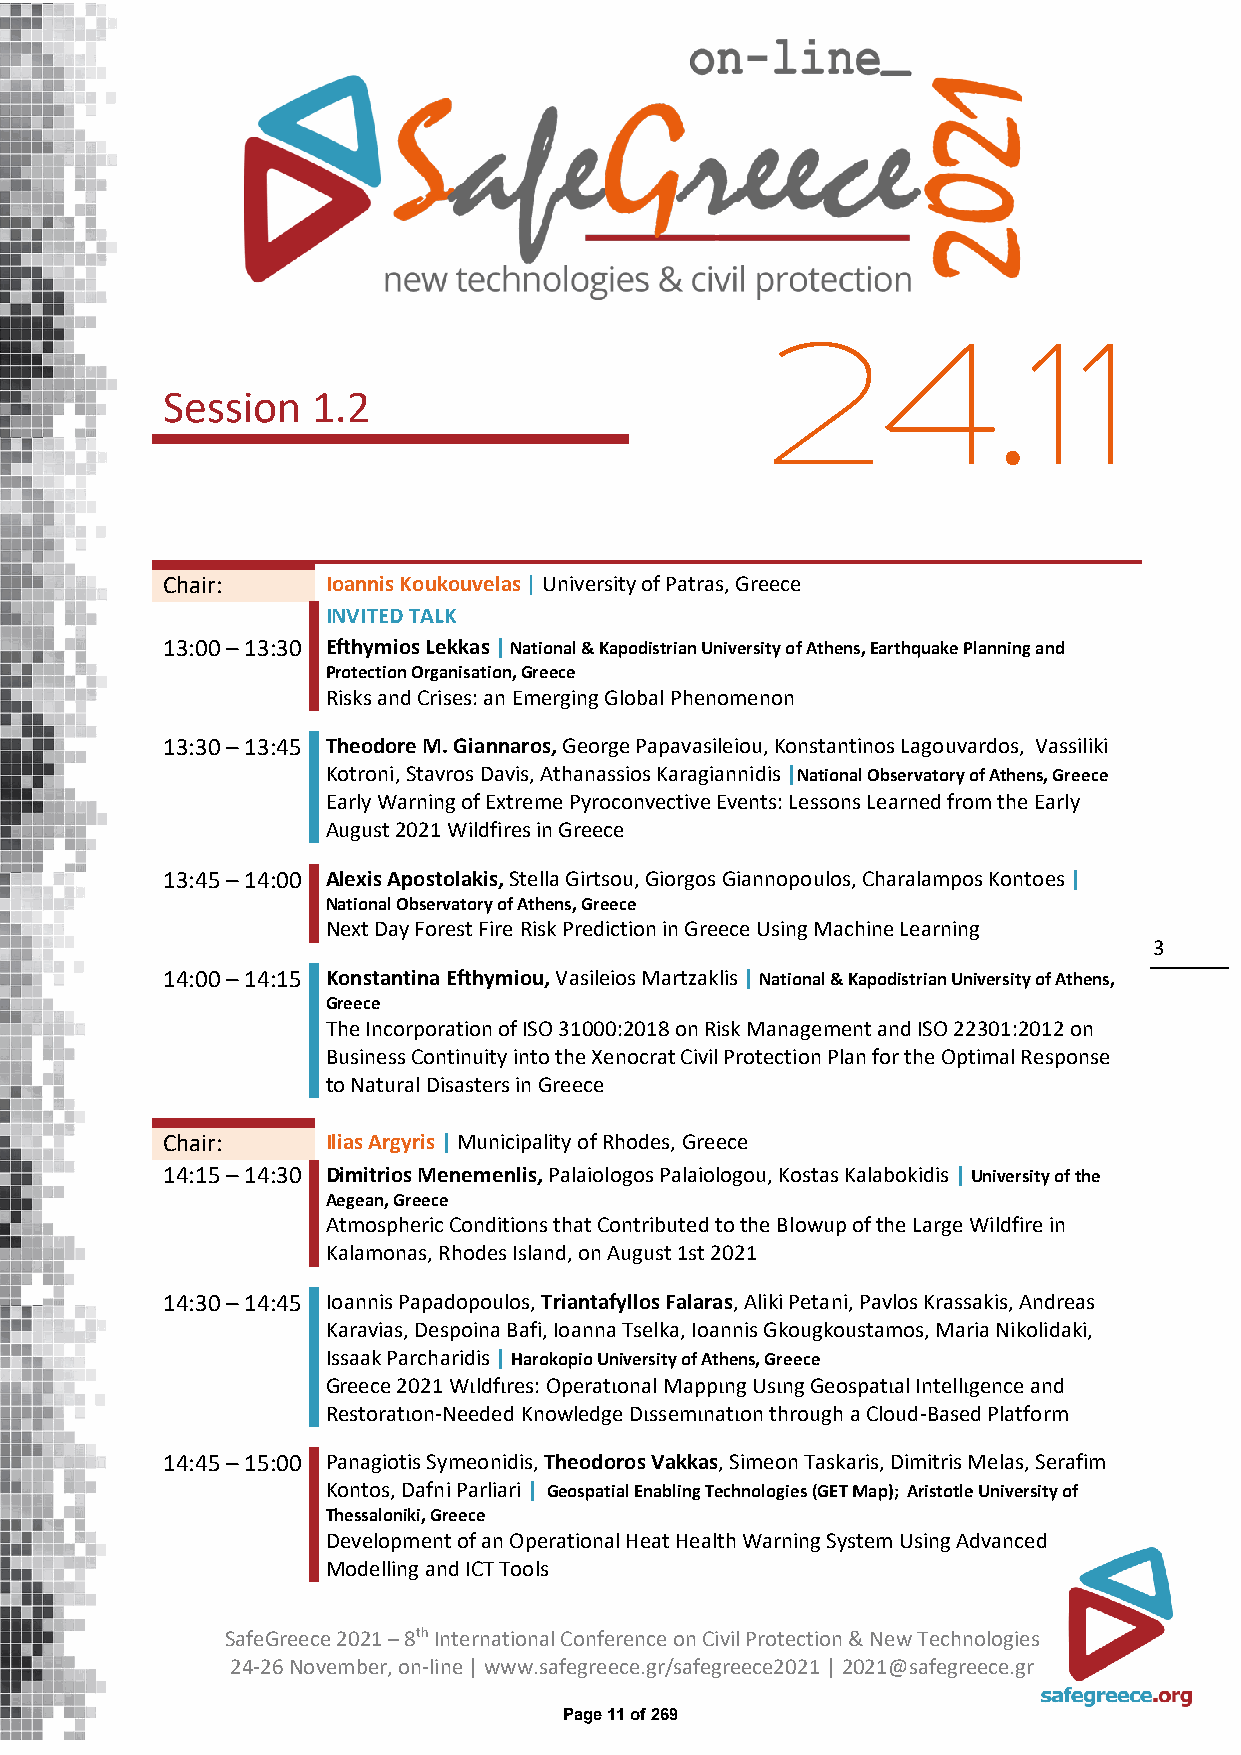
24.11
 Session   1.2
 Chair:     Ioannis Koukouvelas | University of Patras, Greece
 INVITED TALK
 13:00 – 13:30 Efthymios Lekkas | National & Kapodistrian University of Athens, Earthquake Planning and
 Protection Organisation, Greece
 Risks and Crises: an Emerging Global Phenomenon
 13:30 – 13:45 Theodore M. Giannaros, George Papavasileiou, Konstantinos Lagouvardos, Vassiliki
 Kotroni, Stavros Davis, Athanassios Karagiannidis |National Observatory of Athens, Greece
 Early Warning of Extreme Pyroconvective Events: Lessons Learned from the Early
 August 2021 Wildfires in Greece
 13:45 – 14:00 Alexis Apostolakis, Stella Girtsou, Giorgos Giannopoulos, Charalampos Kontoes |
 National Observatory of Athens, Greece
 Next Day Forest Fire Risk Prediction in Greece Using Machine Learning
 3
 14:00 – 14:15 Konstantina Efthymiou, Vasileios Martzaklis | National & Kapodistrian University of Athens,
 Greece
 The Incorporation of ISO 31000:2018 on Risk Management and ISO 22301:2012 on
 Business Continuity into the Xenocrat Civil Protection Plan for the Optimal Response
 to Natural Disasters in Greece
 Chair:     Ilias Argyris | Municipality of Rhodes, Greece
 14:15 – 14:30 Dimitrios Menemenlis, Palaiologos Palaiologou, Kostas Kalabokidis | University of the
 Aegean, Greece
 Atmospheric Conditions that Contributed to the Blowup of the Large Wildfire in
 Kalamonas, Rhodes Island, on August 1st 2021
 14:30 – 14:45 Ioannis Papadopoulos, Triantafyllos Falaras, Aliki Petani, Pavlos Krassakis, Andreas
 Karavias, Despoina Bafi, Ioanna Tselka, Ioannis Gkougkoustamos, Maria Nikolidaki,
 Issaak Parcharidis | Harokopio University of Athens, Greece
 Greece 2021 Wιldfιres: Operatιonal Mappιng Usιng Geospatιal Ιntellιgence and
 Restoratιon-Needed Knowledge Dιssemιnatιon through a Cloud-Based Platform
 14:45 – 15:00 Panagiotis Symeonidis, Theodoros Vakkas, Simeon Taskaris, Dimitris Melas, Serafim
 Kontos, Dafni Parliari | Geospatial Enabling Technologies (GET Map); Aristotle University of
 Thessaloniki, Greece
 Development of an Operational Heat Health Warning System Using Advanced
 Modelling and ICT Tools
 SafeGreece 2021 – 8th International Conference on Civil Protection & New Technologies
 24-26 November, on-line | www.safegreece.gr/safegreece2021 | 2021@safegreece.gr
 Page 11 of 269